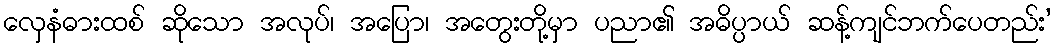
လှေနံဓားထစ် ဆိုသော အလုပ်၊ အပြော၊ အတွေးတို့မှာ ပညာ၏ အဓိပ္ပာယ် ဆန့်ကျင်ဘက်ပေတည်း’